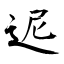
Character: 迡